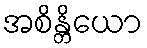
အစိန္တိယော